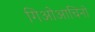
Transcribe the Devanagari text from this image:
गिओआचिनो